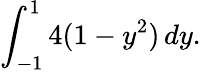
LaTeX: \displaystyle\int_{-1}^{1}4(1-y^{2})\, dy.